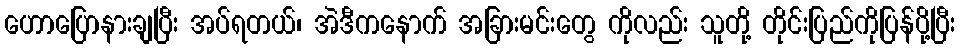
ဟောပြောနားချပြီး အပ်ရတယ်၊ အဲဒီကနောက် အခြားမင်းတွေ ကိုလည်း သူတို့ တိုင်းပြည်ကိုပြန်ပို့ပြီး